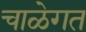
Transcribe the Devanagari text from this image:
चाळेगत